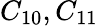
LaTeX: C_{10},C_{11}